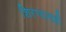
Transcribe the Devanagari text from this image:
शिरण्यासही